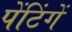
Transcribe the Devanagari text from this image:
पेंटिंगें